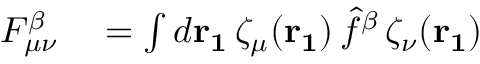
\begin{array} { r l } { F _ { \mu \nu } ^ { \beta } } & { { } = \int d \mathbf { r _ { 1 } } \, \zeta _ { \mu } ( \mathbf { r _ { 1 } } ) \, \hat { f } ^ { \beta } \, \zeta _ { \nu } ( \mathbf { r _ { 1 } } ) } \end{array}